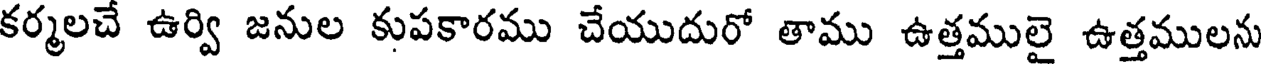
కర్మలచే ఉర్వి జనుల కుపకారము చేయుదురో తాము ఉత్తములై ఉత్తములను